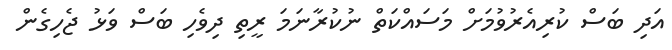
އަދި ބަސް ކުރިއެރުވުމަށް މަސައްކަތް ނުކުރާނަމަ ރީތި ދިވެހި ބަސް ވަޅު ޖެހިގެން